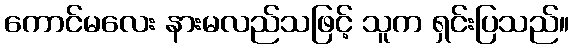
ကောင်မလေး နားမလည်သဖြင့် သူက ရှင်းပြသည်။